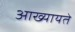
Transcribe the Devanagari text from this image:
आख्यायते